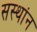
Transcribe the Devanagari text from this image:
सस्थांन